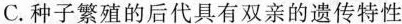
C.种子繁殖的后代具有双亲的遗传特性